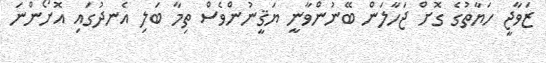
ޒަވާޖީ ހަޔާތުގެ ގޮށް ޖަހާލަން ބޭނުންވާނީ ޔަޤީނުންވެސް ތިމާ ބަލި އެނދުގައި އޮށޯންނަ